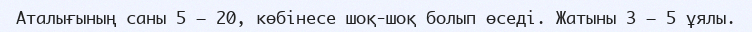
Аталығының саны 5 – 20, көбінесе шоқ-шоқ болып өседі. Жатыны 3 – 5 ұялы.